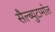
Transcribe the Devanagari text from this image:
सैल्ब्युटामोल